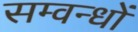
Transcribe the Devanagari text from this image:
सम्वन्धों